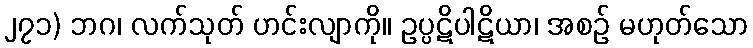
၂၇၁) ဘဂ၊ လက်သုတ် ဟင်းလျာကို။ ဥပ္ပဋိပါဋိယာ၊ အစဉ် မဟုတ်သော